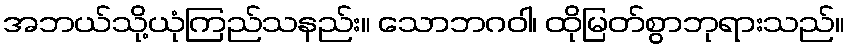
အဘယ်သို့ယုံကြည်သနည်း။ သောဘဂဝါ၊ ထိုမြတ်စွာဘုရားသည်။